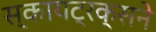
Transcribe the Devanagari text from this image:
स्कायट्रक्सने